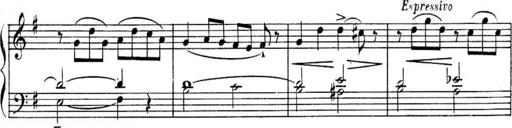
Title: Sonatines
Composer: Hedwige ChrÃ©tien